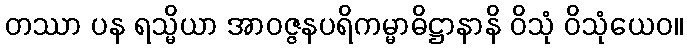
တဿာ ပန ရသ္မိယာ အာဝဇ္ဇနပရိကမ္မာဓိဋ္ဌာနာနိ ဝိသုံ ဝိသုံယေဝ။